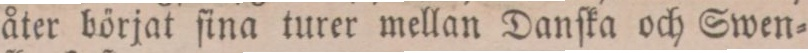
åter börjat ſina turer mellan Danſka och Swen=